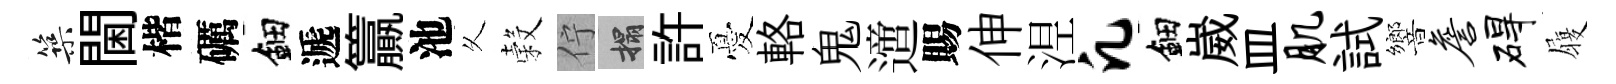
築閫楷礪鈿遞籯池乆穀佇搨許憂輅鬼𨗁賜伸𣵀凡鈿崴皿肌試響詹碍履